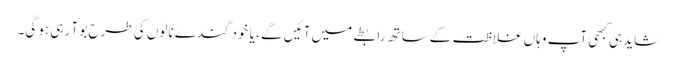
شاید ہی کبھی آپ وہاں غلاظت کے ساتھ رابطے میں آئیں گے ، یا خود گندے نالوں کی طرح بو آ رہی ہو گی۔